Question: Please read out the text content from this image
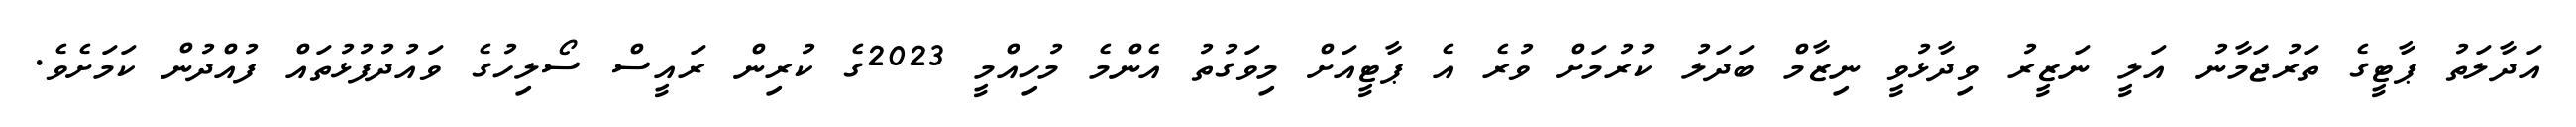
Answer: އަދާލަތު ޕާޓީގެ ތަރުޖަމާނު އަލީ ނަޒީރު ވިދާޅުވީ ނިޒާމް ބަދަލު ކުރުމަށް ވުރެ އެ ޕާޓީއަށް މިވަގުތު އެންމެ މުހިއްމީ 2023ގެ ކުރިން ރައީސް ސޯލިހުގެ ވައުދުފުޅުތައް ފުއްދުން ކަމަށެވެ.